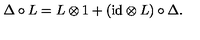
\Delta \circ L = L \otimes 1 + ( \mathrm { i d } \otimes L ) \circ \Delta .